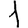
Digit: 1